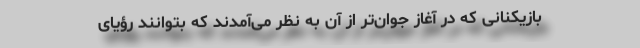
بازیکنانی که در آغاز جوان‌تر از آن به نظر می‌آمدند که بتوانند رؤیای